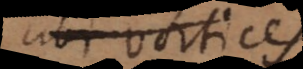
omnis vortices